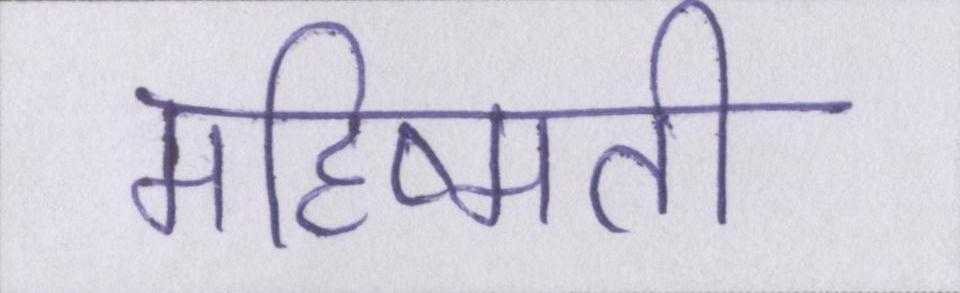
महिष्मती